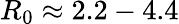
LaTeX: R_{0}\approx 2.2-4.4